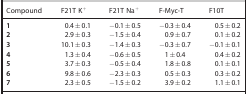
<table><thead><tr><td><b>Compound</b></td><td><b>F21T K<sup>+</sup></b></td><td><b>F21T Na<sup>+</sup></b></td><td><b>F‐Myc‐T</b></td><td><b>F10T</b></td></tr></thead><tbody><tr><td><b>1</b></td><td>0.4±0.1</td><td>−0.1±0.5</td><td>−0.3±0.4</td><td>0.5±0.2</td></tr><tr><td><b>2</b></td><td>2.9±0.3</td><td>−1.5±0.4</td><td>0.9±0.7</td><td>0.1±0.2</td></tr><tr><td><b>3</b></td><td>10.1±0.3</td><td>−1.4±0.3</td><td>−0.3±0.7</td><td>−0.1±0.1</td></tr><tr><td><b>4</b></td><td>1.3±0.4</td><td>−0.6±0.5</td><td>1±0.4</td><td>0.4±0.2</td></tr><tr><td><b>5</b></td><td>3.7±0.3</td><td>−0.5±0.4</td><td>1.8±0.8</td><td>0.1±0.1</td></tr><tr><td><b>6</b></td><td>9.8±0.6</td><td>−2.3±0.3</td><td>0.5±0.3</td><td>0.3±0.2</td></tr><tr><td><b>7</b></td><td>2.3±0.5</td><td>−1.5±0.2</td><td>3.9±0.2</td><td>1.1±0.1</td></tr></tbody></table>